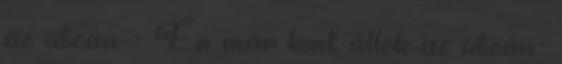
az utcán. - Én már kint állok az utcán-